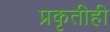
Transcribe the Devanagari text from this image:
प्रकृतीही